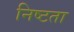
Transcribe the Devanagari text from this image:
निष्टता